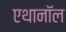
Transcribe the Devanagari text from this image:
एथानॉल